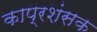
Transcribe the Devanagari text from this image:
काप्रशंसक